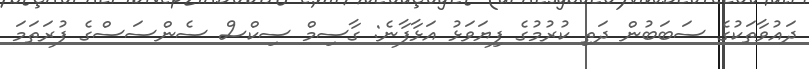
ދައުވާތަކުގެ ސަބަބުން ދަތި ކުރުމުގެ ފިޔަވަޅު އަޅާފާނެ: ގާސިމް ސިކްސް ސެންސަސްގެ ފުރަތަމަ